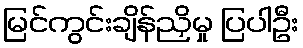
မြင်ကွင်းချိန်ညှိမှု ပြပါဦး